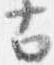
古